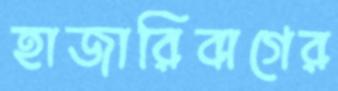
হাজারিবাগের